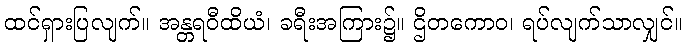
ထင်ရှားပြလျက်။ အန္တရဝီထိယံ၊ ခရီးအကြား၌။ ဌိတကောဝ၊ ရပ်လျက်သာလျှင်။